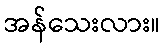
အန်သေးလား။